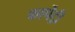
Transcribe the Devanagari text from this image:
कार्पेंट्री